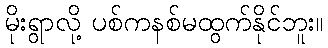
မိုးရွာလို့ ပစ်ကနစ်မထွက်နိုင်ဘူး။